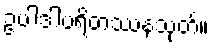
ဥပါဒါပရိတဿနသုတ်။